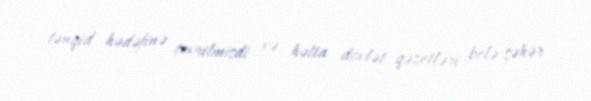
tənqid hədəfinə çevrilmişdi və hətta dövlət qəzetləri belə şəhər